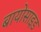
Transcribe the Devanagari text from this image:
बायोसाइड